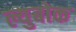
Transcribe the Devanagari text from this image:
ल्युबोक